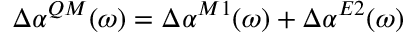
\Delta \alpha ^ { Q M } ( \omega ) = \Delta \alpha ^ { M 1 } ( \omega ) + \Delta \alpha ^ { E 2 } ( \omega )